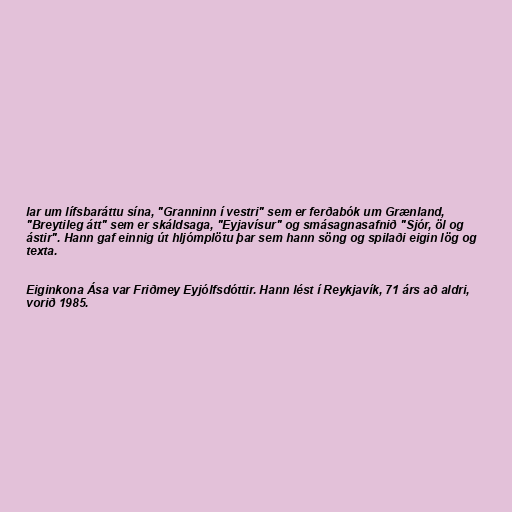
lar um lífsbaráttu sína, "Granninn í vestri" sem er ferðabók um Grænland,
"Breytileg átt" sem er skáldsaga, "Eyjavísur" og smásagnasafnið "Sjór, öl og
ástir". Hann gaf einnig út hljómplötu þar sem hann söng og spilaði eigin lög og
texta.

Eiginkona Ása var Friðmey Eyjólfsdóttir. Hann lést í Reykjavík, 71 árs að aldri,
vorið 1985.